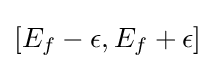
[E_{f}-\epsilon ,E_{f}+\epsilon ]